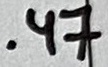
Text: .47